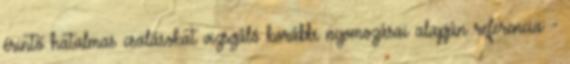
érintő hatalmas csalásokat vizsgáló korábbi nyomozásai alapján referencia: -